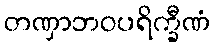
တဏှာဘဝပရိက္ခီဏံ